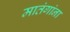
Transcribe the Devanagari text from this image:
मातंगांना